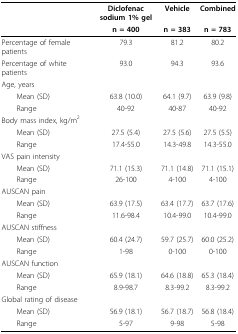
|  | Diclofenac sodium 1% gel | Vehicle | Combined |
 |  | n = 400 | n = 383 | n = 783 |
 | --- | --- | --- | --- |
 | Percentage of female patients | 79.3 | 81.2 | 80.2 |
 | Percentage of white patients | 93.0 | 94.3 | 93.6 |
 | Age, years |  |  |  |
 | Mean (SD) | 63.8 (10.0) | 64.1 (9.7) | 63.9 (9.8) |
 | Range | 40-92 | 40-87 | 40-92 |
 | Body mass index, kg/m2 |  |  |  |
 | Mean (SD) | 27.5 (5.4) | 27.5 (5.6) | 27.5 (5.5) |
 | Range | 17.4-55.0 | 14.3-49.8 | 14.3-55.0 |
 | VAS pain intensity |  |  |  |
 | Mean (SD) | 71.1 (15.3) | 71.1 (14.8) | 71.1 (15.1) |
 | Range | 26-100 | 4-100 | 4-100 |
 | AUSCAN pain |  |  |  |
 | Mean (SD) | 63.9 (17.5) | 63.4 (17.7) | 63.7 (17.6) |
 | Range | 11.6-98.4 | 10.4-99.0 | 10.4-99.0 |
 | AUSCAN stiffness |  |  |  |
 | Mean (SD) | 60.4 (24.7) | 59.7 (25.7) | 60.0 (25.2) |
 | Range | 1-98 | 0-100 | 0-100 |
 | AUSCAN function |  |  |  |
 | Mean (SD) | 65.9 (18.1) | 64.6 (18.8) | 65.3 (18.4) |
 | Range | 8.9-98.7 | 8.3-99.2 | 8.3-99.2 |
 | Global rating of disease |  |  |  |
 | Mean (SD) | 56.9 (18.1) | 56.7 (18.7) | 56.8 (18.4) |
 | Range | 5-97 | 9-98 | 5-98 |